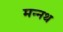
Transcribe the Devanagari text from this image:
मन्नथ